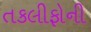
તકલીફોની